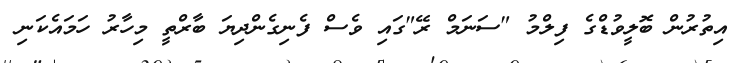
އިތުރުން ބޮލީވުޑްގެ ފިލްމު "ސަނަމް ރޭ"ގައި ވެސް ފެނިގެންދިޔަ ބާރްތީ މިހާރު ހަމައެކަނި